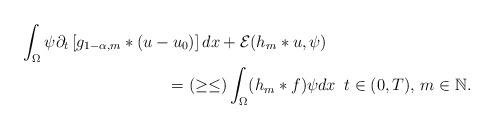
LaTeX: \begin{align*}&\int_{\Omega}\psi \partial_{t}\left[ g_{1-\alpha,m}*(u-u_{0}) \right]dx+ \mathcal{E}(h_{m}*u,\psi) \\&\quad\quad\quad\quad\quad\quad\quad\quad\quad= (\geq \leq) \int_{\Omega}(h_{m}*f)\psi dx \, \,\,t\in (0,T), \, m\in\mathbb{N}.\end{align*}